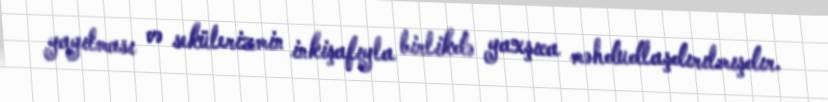
yayılması və sekülerizmin inkişafıyla birlikdə yaxşıca məhdudlaşdırılmışdır.